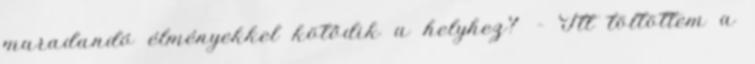
maradandó élményekkel kötődik a helyhez? – Itt töltöttem a